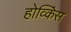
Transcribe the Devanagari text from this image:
होव्किंस